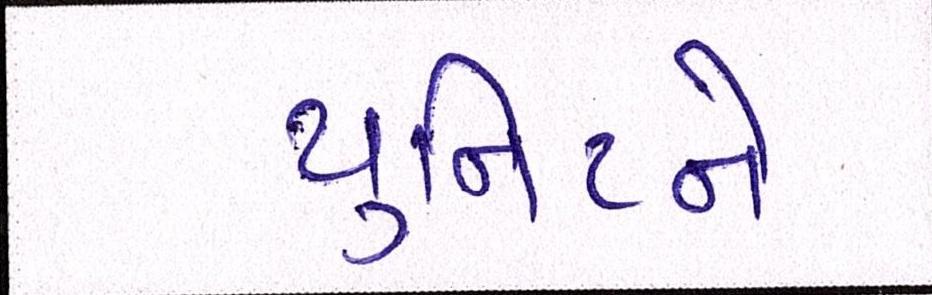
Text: યુનિટને